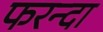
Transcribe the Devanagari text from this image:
फरन्दा